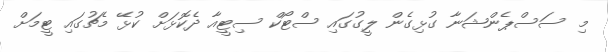
މި ސަސްޕެންޝަނާ ގުޅިގެން ލީގުގައި ސްޓޯކް ސިޓީއާ ދެކޮޅަށް ކުޅޭ މެޗުގައި ޓީމަށް